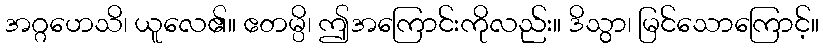
အဂ္ဂဟေသိ၊ ယူလေ၏။ ဧတမ္ပိ၊ ဤအကြောင်းကိုလည်း။ ဒိသွာ၊ မြင်သောကြောင့်။